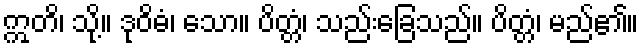
ဣတိ၊ သို့။ ဒုဝိဓံ၊ သော။ ပိတ္တံ၊ သည်းခြေသည်။ ပိတ္တံ၊ မည်၏။